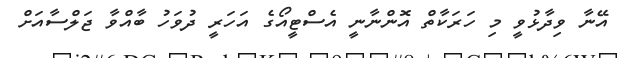
އޭނާ ވިދާޅުވީ މި ހަރަކާތް އޮންނާނީ އެސްޓީއޯގެ އަހަރީ ދުވަހު ބާއްވާ ޖަލްސާއަށް